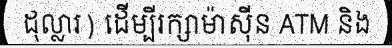
ដុល្លារ) ដើម្បីរក្សាម៉ាស៊ីន ATM និង